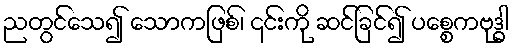
ညတွင်သေ၍ သောကဖြစ်၊ ၎င်းကို ဆင်ခြင်၍ ပစ္စေကဗုဒ္ဓါ